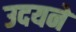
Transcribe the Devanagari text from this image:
उदयने